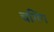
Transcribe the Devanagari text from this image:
चगिंग